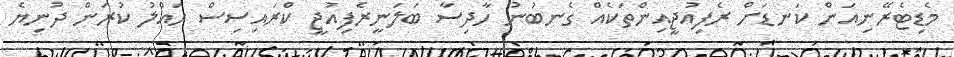
މެޑިޓެރޭނިއަން ކަނޑަށް ރެފިއުޖީއިންތަކެއް ގެނބުނު ހާދިސާ ބަލަނީރެފިއުޖީ ކްރައިސިސް ހައްލު ކުރަން ދުނިޔެ